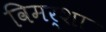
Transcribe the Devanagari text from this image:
विमर्शा